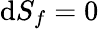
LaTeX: \mathrm{d}S_{f}=0